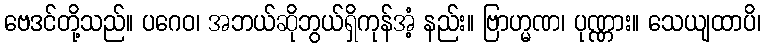
ဗေဒင်တို့သည်။ ပဂေဝ၊ အဘယ်ဆိုဘွယ်ရှိကုန်အံ့ နည်း။ ဗြာဟ္မဏ၊ ပုဏ္ဏား။ သေယျထာပိ၊